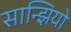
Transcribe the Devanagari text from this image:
सान्झियो